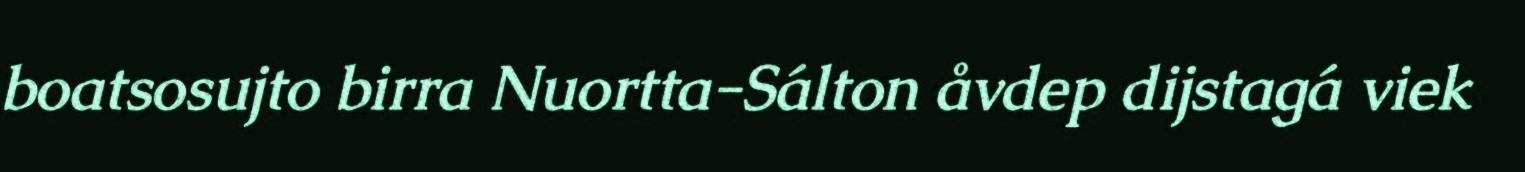
boatsosujto birra Nuortta-Sálton åvdep dijstagá viek